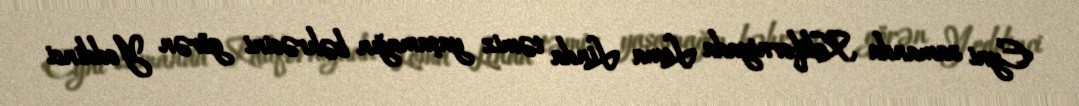
Eyni zamanda Kaliforniyada Loma Linda təmiz yaşamağın bəhrəsini görən Yeddinci